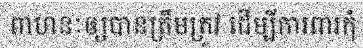
ពាហនៈឲ្យបានត្រឹមត្រូវ ដើម្បីការពារកុំ